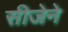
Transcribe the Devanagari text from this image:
सीजेने